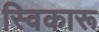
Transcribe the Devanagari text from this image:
स्विकारू